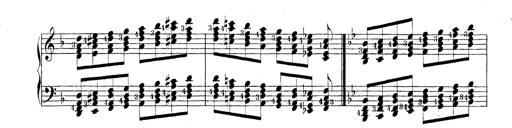
Title: Technische Studien
Composer: Franz Liszt